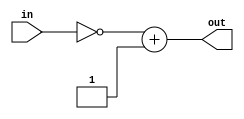
// GNU General Public License
//
// Copyright : (c) 2023 Javier Beiro Pin
//           : (c) 2023 Beatriz Navidad Vilches
//           : (c) 2023 Stefano Petrilli
//
// This file is part of Abejaruco <https://github.com/Beanavil/Abejaruco>.
//
// Abejaruco is free software: you can redistribute it and/or modify it under
// the terms of the GNU General Public License as published by the Free
// Software Foundation, either version 3 of the License, or (at your option)
// any later version.
//
// Abejaruco is distributed in the hope that it will be useful, but WITHOUT ANY
// WARRANTY; without even the implied warranty of MERCHANTABILITY or FITNESS
// FOR A PARTICULAR PURPOSE. See the GNU General Public License for more details.
//
// You should have received a copy of the GNU General Public License
// along with Abejaruco placed on the LICENSE.md file of the root folder.
// If not, see <https:// www.gnu.org/licenses/>.

module Complement2 #(
    parameter N = 32  // Default bit width set to 32
  )(
    input [N-1:0] in,        // N-bit input
    output [N-1:0] out       // N-bit output representing two's complement
  );

  // Calculate the two's complement
  assign out = ~in + 1;

endmodule